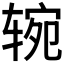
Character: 𰺑